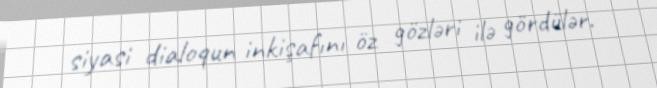
siyasi dialoqun inkişafını öz gözləri ilə gördülər.